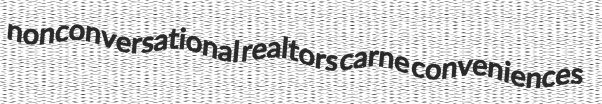
nonconversational realtors carne conveniences